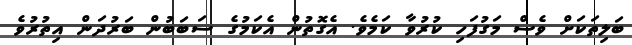
ބަލިތަކަށް ވެސް މަގުފަހި ކުރުވާ ކަމެވެ. އެގޮތުން އެކަމުގެ ސަބަބުން ބަރުދަން އިތުރުވެ